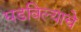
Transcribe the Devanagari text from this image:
घडविल्याचे